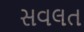
સવલત